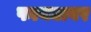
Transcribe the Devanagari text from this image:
फायद्यावर